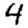
Digit: 4